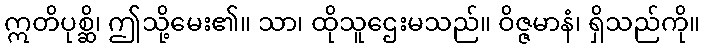
ဣတိပုစ္ဆိ၊ ဤသို့မေး၏။ သာ၊ ထိုသူဌေးမသည်။ ဝိဇ္ဇမာနံ၊ ရှိသည်ကို။